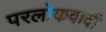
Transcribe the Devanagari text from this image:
परलोकवादी